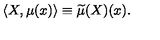
\langle X , \mu ( x ) \rangle \equiv \widetilde { \mu } ( X ) ( x ) .